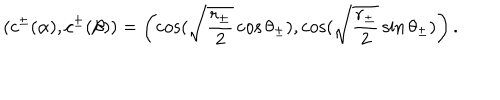
( c ^ { \pm } ( \alpha ) , c ^ { \pm } ( \beta ) ) = \left( \cos ( \sqrt { \frac { r _ { \pm } } { 2 } } \cos \theta _ { \pm } ) , \cos ( \sqrt { \frac { r _ { \pm } } { 2 } } \sin \theta _ { \pm } ) \right) .